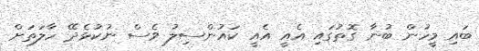
ބައި މީހުން ބުނާ ގޮތުގައި އެއީ އެއީ ކައުންސިލު ވެސް ނުކުޅެދޭ ހާލަތަށް